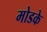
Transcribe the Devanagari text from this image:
मोडके